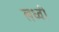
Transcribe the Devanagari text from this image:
लध्वी